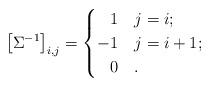
LaTeX: \begin{align*}\left[ \Sigma^{-1} \right]_{i,j}^{} = \begin{cases}\phantom{-}1 & j = i; \\ -1 & j = i+1; \\\phantom{-}0 & .\end{cases}\end{align*}